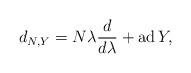
LaTeX: \begin{align*}d_{N,Y} = N \lambda {d\over d\lambda} + {\rm ad\,} Y ,\end{align*}